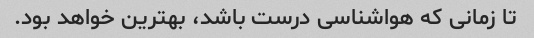
تا زمانی که هواشناسی درست باشد، بهترین خواهد بود.